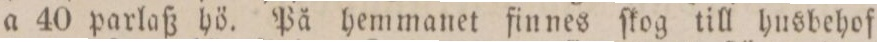
a 40 parlaß hö. På hemmanet finnes ſkog till husbehof